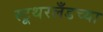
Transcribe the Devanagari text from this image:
स्टूथरलँडच्या